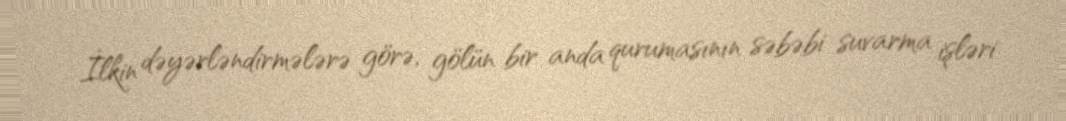
İlkin dəyərləndirmələrə görə, gölün bir anda qurumasının səbəbi suvarma işləri